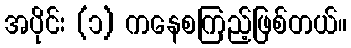
အပိုင်း (၁) ကနေစကြည့်ဖြစ်တယ်။